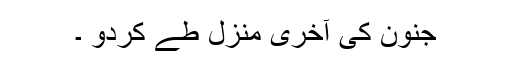
جنون کی آخری منزل طے کردو ۔